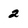
Character: 2